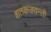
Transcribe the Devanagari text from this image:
शतकजयन्ती